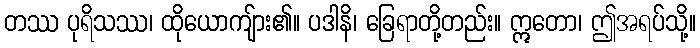
တဿ ပုရိသဿ၊ ထိုယောကျ်ား၏။ ပဒါနိ၊ ခြေရာတို့တည်း။ ဣတော၊ ဤအရပ်သို့။